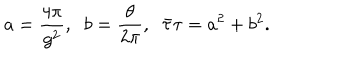
LaTeX: a = \frac { 4 \pi } { g ^ { 2 } } , \; \; b = \frac { \theta } { 2 \pi } , \; \; \bar { \tau } \tau = a ^ { 2 } + b ^ { 2 } .